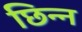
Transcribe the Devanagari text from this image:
छिन्‍न